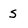
Character: S